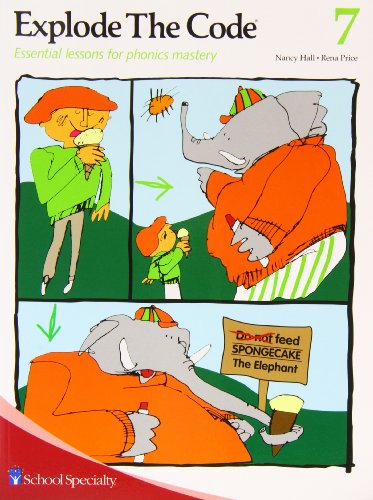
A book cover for Explode the Code/Book Seven; Nancy Hall; Reference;